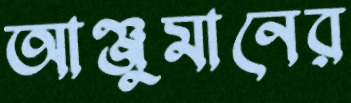
আঞ্জুমানের